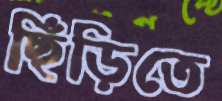
ছিঁড়িতে